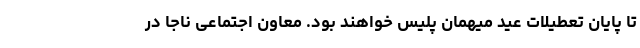
تا پایان تعطیلات عید میهمان پلیس خواهند بود. معاون اجتماعی ناجا در